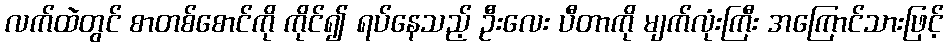
လက်ထဲတွင် စာတစ်စောင်ကို ကိုင်၍ ရပ်နေသည့် ဦးလေး ပီတာကို မျက်လုံးကြီး အကြောင်သားဖြင့်